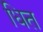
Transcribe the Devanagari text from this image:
धित